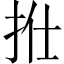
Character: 𢫟